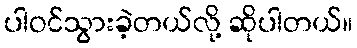
ပါဝင်သွားခဲ့တယ်လို့ ဆိုပါတယ်။